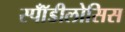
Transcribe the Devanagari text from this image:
स्पॉँडीलोसिस